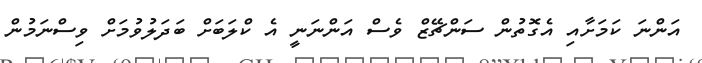
އަންނަ ކަމަށާއި އެގޮތުން ސަންޗޭޒް ވެސް އަންނަނީ އެ ކްލަބަށް ބަދަލުވުމަށް ވިސްނަމުން